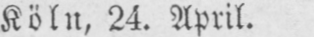
Köln, 24. April.